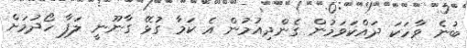
ބުނެ ވާހަކަ ދައްކަވަމުން ގެންދިއުމުން އެ ކަމާ ގުޅޭ ގާނޫނީ ލަފާ ހޯދުމަށް